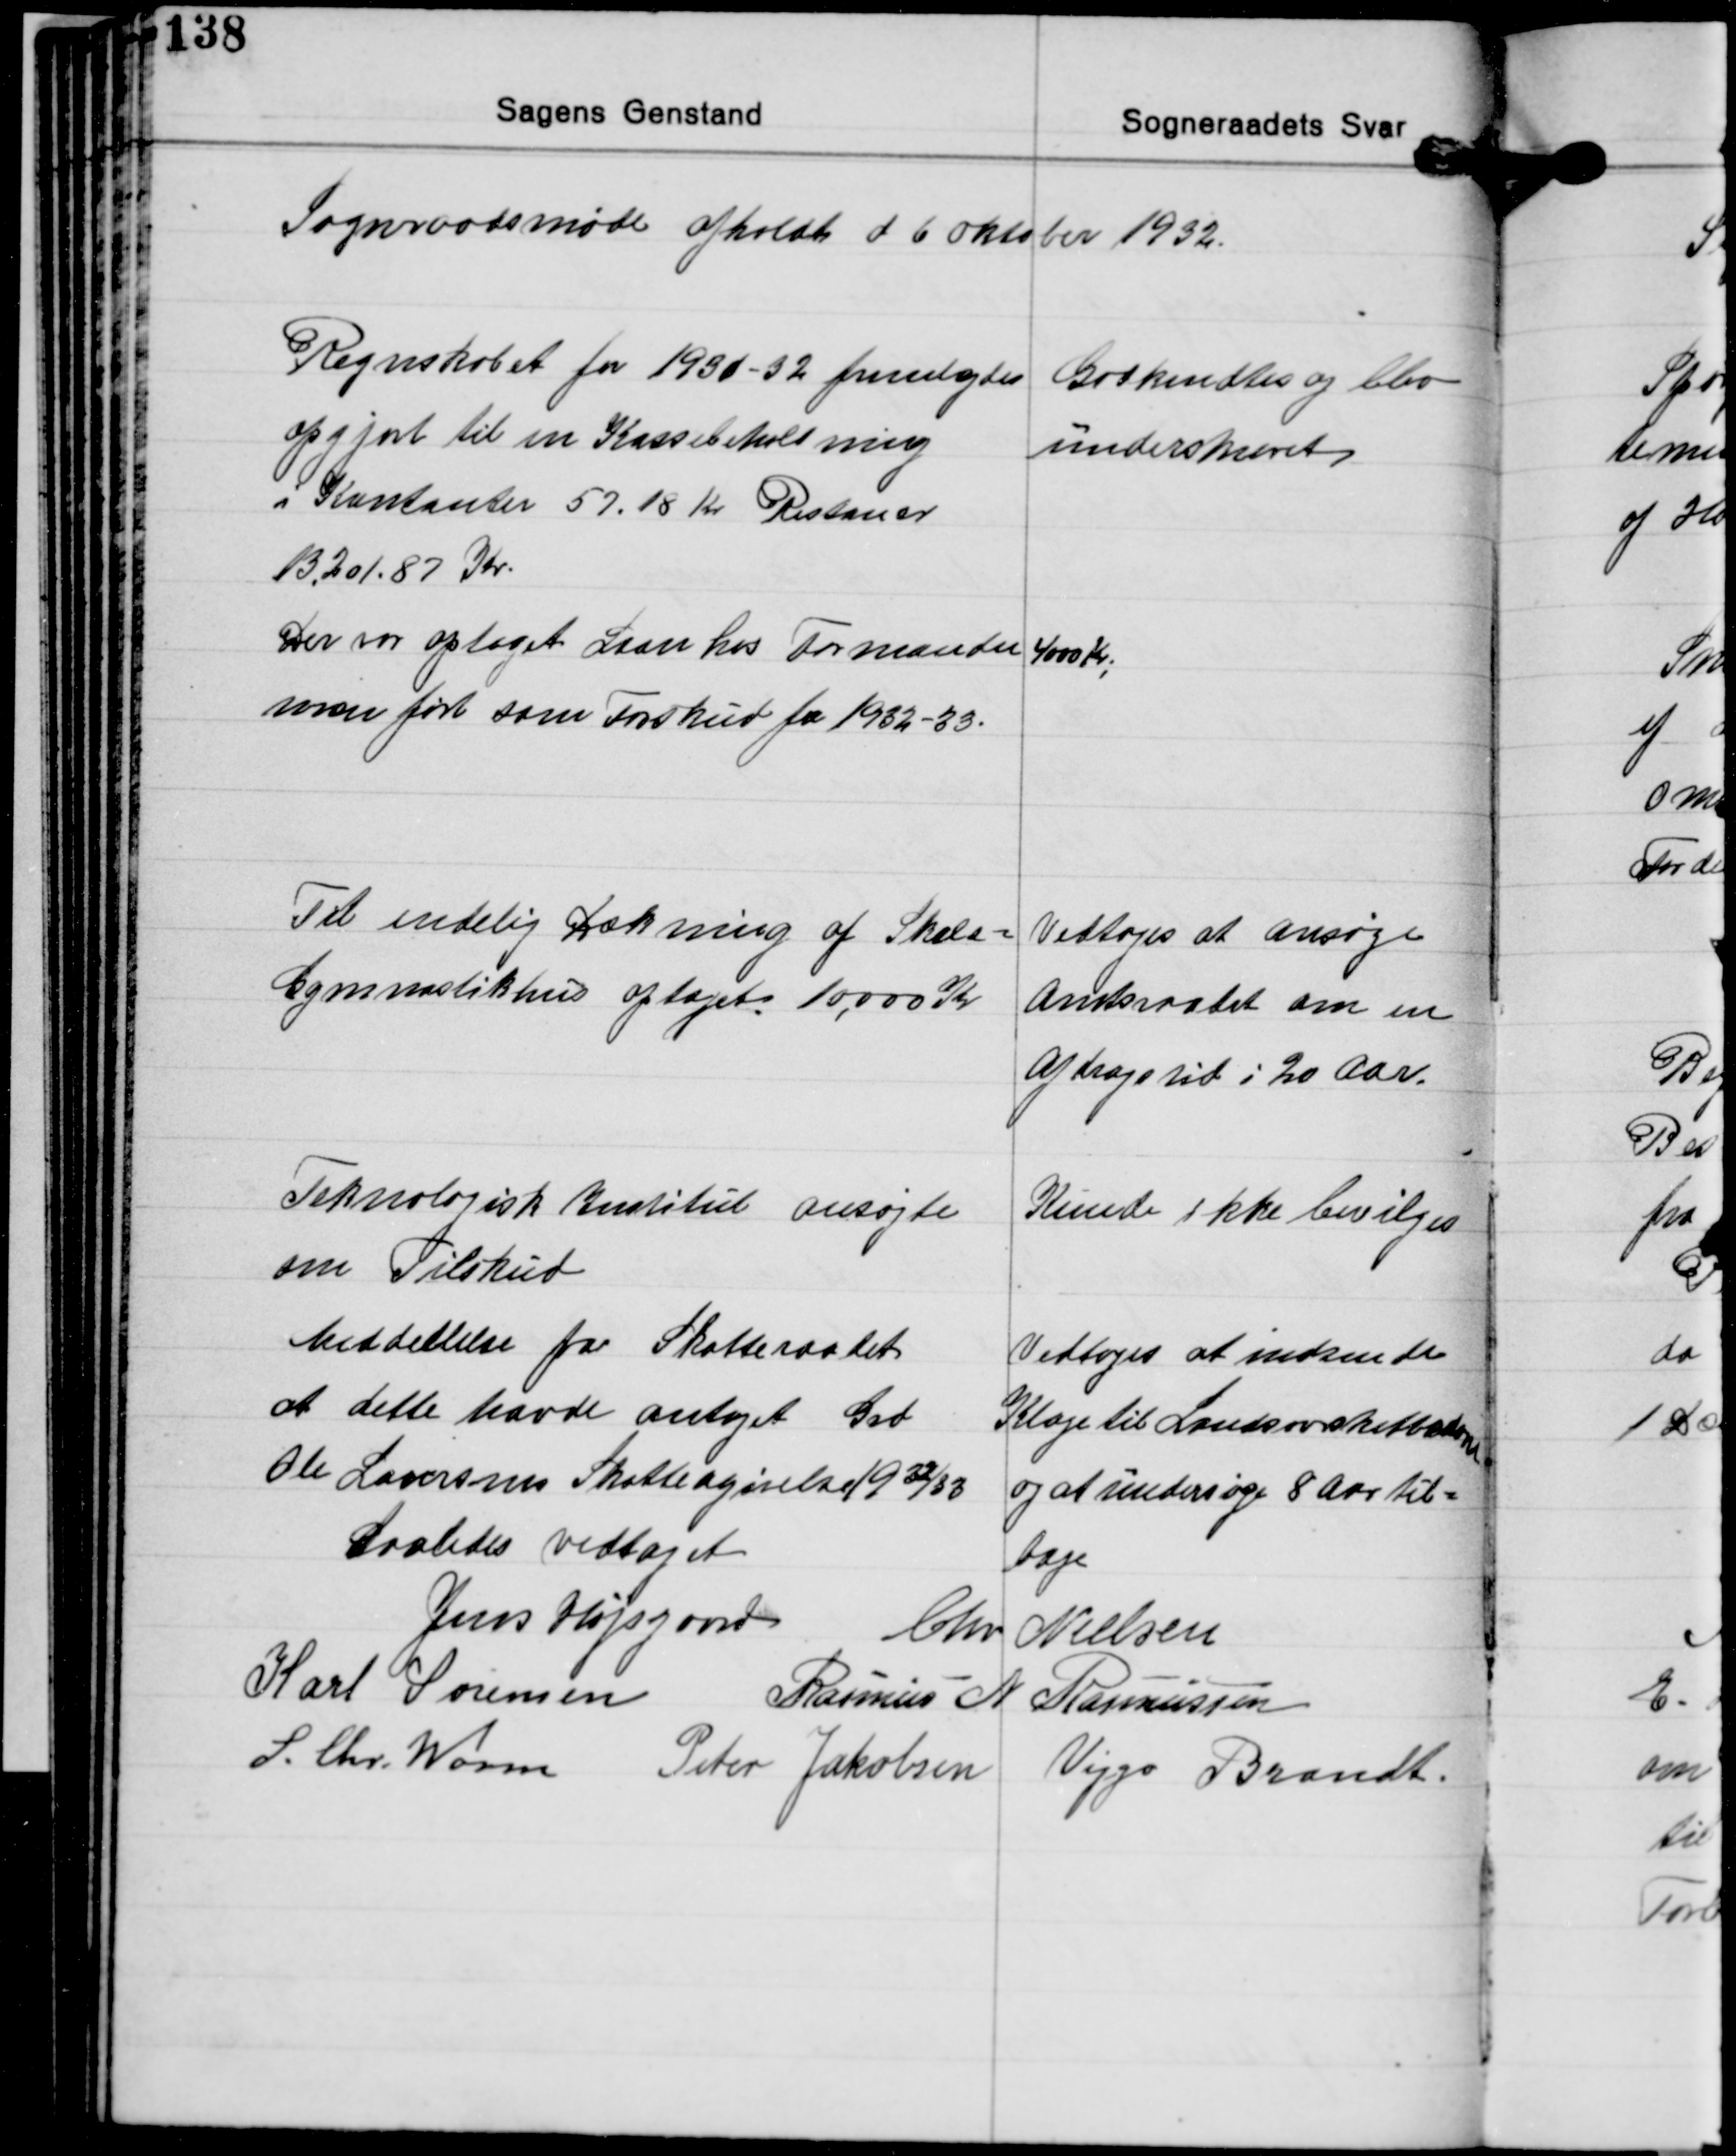
Transskription:
Sognraadsmøde afholdt d 6 oktober 1932.

Regnskabet for 1930-32 fremlagdes
opgjort til en Kassebeholdning
i Kontanter 57.18 Kr. Restancer
13,201.87 Kr.

Godkendtes og blev
underskrevet

Der var optaget Laan hos Formanden 4000 Kr.
men ført som Forskud for 1932-33.

Til endelig Dækning af Skole-
Gymnastikhus optaget 10,000 Kr.

Vedtoges at ansøge
Amtsraadet om en
Afdragstid i 20 Aar.

Teknologisk Institut ansøgte
om Tilskud
Meddellelse fra Skatteraadet
at dette havde antaget Grd.
Ole Lauersens Skatteangivelse 1932/33

Kunde ikke bevilges

Vedtoges at indsende
Klage til Landsivskattato
og at undersøge 8 Aar til-
bage

Saaledes vedtaget

Jens Højsgaard Chr. Nielsen
Karl Sørensen Rasmus M. Rasmussen
S. Chr. Worm Peter Jakobsen
Viggo Brandt